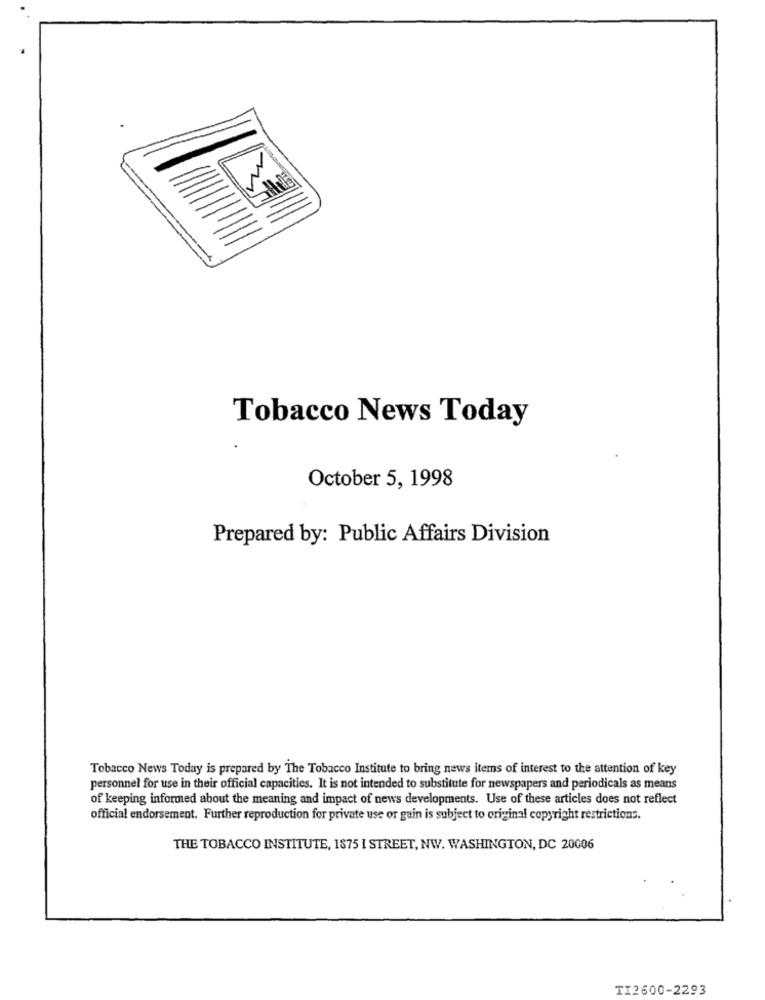
Tobacco News Today
October 5, 1998
Prepared by: Public Affairs Division
Tobacco News Today is prepared by The Tobacco Institute to bring news items of interest to the attention of key
personnel for use in their official capacities. It is not intended to substitute for newspapers and periodicals as means
of keeping informed about the meaning and impact of news developments. Use of these articles does not reflect
official endorsement. Further reproduction for private use or gain is subject to original copyright restrictions.
THE TOBACCO INSTITUTE, 1875 I STREET, NW. WASHINGTON, DC 20006
TI2600-2293